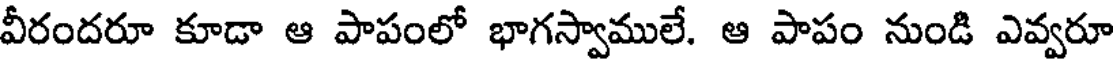
వీరందరూ కూడా ఆ పాపంలో భాగస్వాములే. ఆ పాపం నుండి ఎవ్వరూ